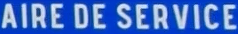
AIRE DE SERVICE